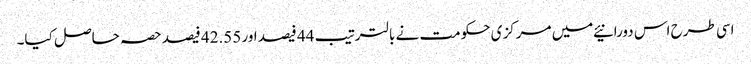
اسی طرح اس دورانیئے میں مرکزی حکومت نے بالترتیب 44 فیصد اور 42.55 فیصد حصہ حاصل کیا۔